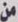
من